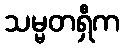
သမ္မတရှီက